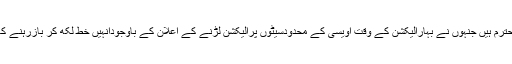
بلکہ یہی وہ محترم ہیں جنہوں نے بہارالیکشن کے وقت اویسی کے محدودسیٹوں پرالیکشن لڑنے کے اعلان کے باوجودانہیں خط لکھ کر بازرہنے کامشورہ دیاتھا۔